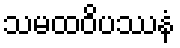
သမထဝိပဿနံ